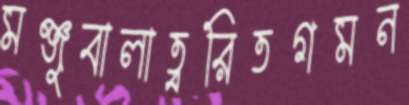
মঞ্জুবালাত্বরিতগমন